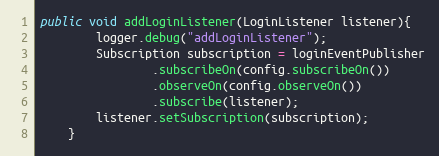
Language: Java
public void addLoginListener(LoginListener listener){
        logger.debug("addLoginListener");
        Subscription subscription = loginEventPublisher
                .subscribeOn(config.subscribeOn())
                .observeOn(config.observeOn())
                .subscribe(listener);
        listener.setSubscription(subscription);
    }